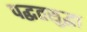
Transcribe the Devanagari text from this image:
पद्घतसुद्घा